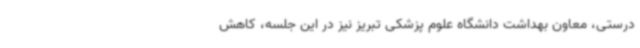
درستی، معاون بهداشت دانشگاه علوم پزشکی تبریز نیز در این جلسه، کاهش